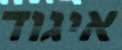
איגוד